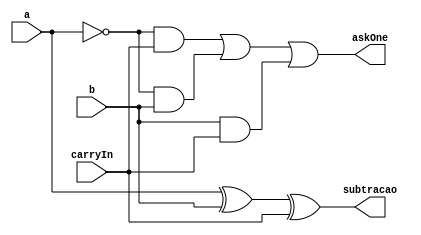
// ---------------
// Exemplo0022 - FULL SUBTRACTOR
// Nome: Josemar Alves Caetano
// Matrcula: 448662
// Data: 24/08/2012
// ----------------

// ----------------
// AU 02
// ----------------
module au02(output subtracao, output askOne, input a, input b, input carryIn);
//Definio dos fios da AU
wire s0, d0, d1, d2, a_n;

//Definio das portas operadoradoras aritmticas da AU
xor xor1(s0, a, b);
xor xor2(subtracao, s0, carryIn);

//Definio da AU
not not1(a_n, a);
and and1(d0, a_n, carryIn);
and and2(d1, a_n, b);
and and3(d2, b, carryIn);
or or1(askOne, d0, d1, d2);

endmodule //au02

// ----------------
// full subtractor
// ----------------
module fullSubtractor(output [2:0]subtracao, output [2:0]askOne,
                 input [2:0]a, input [2:0]b, input carryIn);

au02 a1(subtracao[0], askOne[0], a[0], b[0], carryIn);
au02 a2(subtracao[1], askOne[1], a[1], b[1], carryIn);
au02 a3(subtracao[2], askOne[2], a[2], b[2], carryIn);


endmodule //full subtractor

// ----------------
// test fullSubtractor
// ----------------
module test_fullSubtractor;

// ---------------- Definir dados
reg [2:0]x;
reg [2:0]y;
reg carryIn;
wire [2:0]subtracao;
wire [2:0]askOne;  //Pede - um

// ---------------- Instncia
 fullSubtractor modulo(subtracao, askOne, x, y, carryIn);
 
// ---------------- Preparao
 initial begin: start
  x = 3'b011; y = 3'b100;
  carryIn = 1'b0;
 end

// ---------------- Parte principal
 initial begin: main
   $display("Exemplo0022 - Josemar Alves Caetano - 448662.");
	$display("Test ALU's full subtractor");
	
    
    $monitor("%b - %b = %b. Pede-um: %b", x, y, subtracao, askOne);

   #1 x = 3'b111; y = 3'b010;   
   #1 carryIn = 1'b1; x = 3'b000; y = 3'b001;
   #1 x = 3'b011; y = 3'b010;
   #1 x = 3'b110; y = 3'b001;
 
 end //main
 
endmodule //test_fullSubtractor